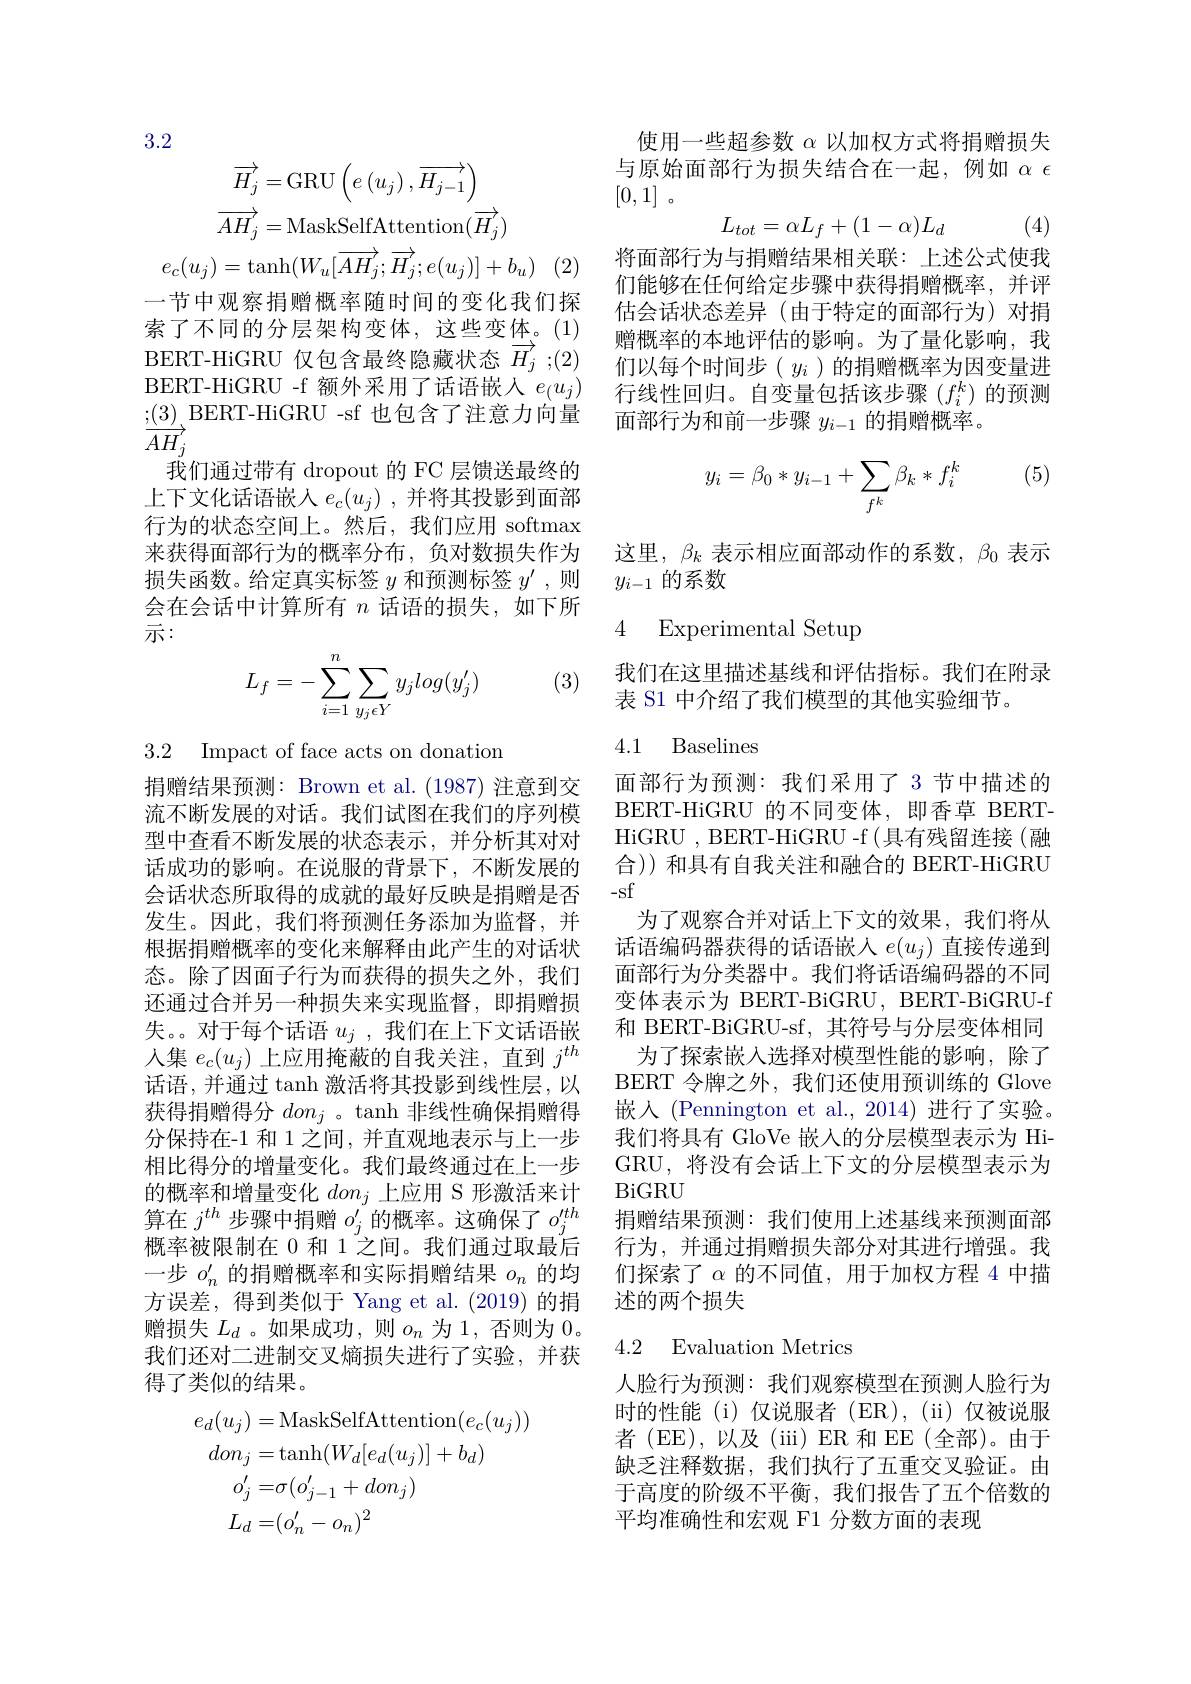
3.2
$$\overrightarrow{H_{j}}=\mathrm{GRU}\left(e\left(u_{j}\right),\overrightarrow{H_{j-1}}\right)\\\overrightarrow{AH_{j}}=\mathrm{MaskSelfAttention}(\overrightarrow{H_{j}})\\u_{j})=\mathrm{tanh}(W_{u}[\overrightarrow{AH_{j}};\overrightarrow{H_{j}};e(u_{j})]+b_{u})$$
一节中观察捐赠概率随时间的变化我们探索了不同的分层架构变体，这些变体。(1) BERT-HiGRU 仅包含最终隐藏状态$\overrightarrow{H_j}$ ;(2) BERT-HiGRU -f 额外采用了话语嵌人$e_(u_j)$
我们通过带有 dropout 的 FC 层馈送最终的上下文化话语嵌入$e_c(u_j)$ ,并将其投影到面部行为的状态空间上。然后，我们应用 softmax 来获得面部行为的概率分布，负对数损失作为损失函数。给定真实标签$y$和预测标签$y^\prime$,则会在会话中计算所有$n$话语的损失，如下所示：

(3)
$$\begin{aligned}L_f=-\sum_{i=1}^n\sum_{y_j\epsilon Y}y_jlog(y_j')\end{aligned}$$
3.2 Impact of face acts on donation

捐赠结果预测：Brown et al. (1987) 注意到交流不断发展的对话。我们试图在我们的序列模型中查看不断发展的状态表示，并分析其对对话成功的影响。在说服的背景下，不断发展的会话状态所取得的成就的最好反映是捐赠是否发生。因此，我们将预测任务添加为监督，并根据捐赠概率的变化来解释由此产生的对话状态。除了因面子行为而获得的损失之外，我们还通过合并另一种损失来实现监督，即捐赠损失。。对于每个话语$u_j$ ,我们在上下文话语嵌人集$e_c(u_j)$上应用掩蔽的自我关注，直到$j^th$ 话语，并通过 tanh 激活将其投影到线性层，以获得捐赠得分$don_j$ 。tanh 非线性确保捐赠得分保持在-1 和 1 之间，并直观地表示与上一步相比得分的增量变化。我们最终通过在上一步的概率和增量变化$don_j$上应用 S 形激活来计算在$j^{th}$步骤中捐赠$o_j^\prime$的概率。这确保了$o_j^{\prime th}$ 概率被限制在 0 和 1 之间。我们通过取最后一步$o_n^{\prime}$的捐赠概率和实际捐赠结果$o_n$的均方误差，得到类似于 Yang et al.(2019)的捐赠损失$L_d$ 。如果成功 ,则$o_n$为 1, 否则为0。我们还对二进制交叉熵损失进行了实验，并获得了类似的结果。
$$\begin{aligned}e_{d}(u_{j})&=\mathrm{MaskSelfAttention}(e_{c}(u_{j}))\\don_{j}&=\mathrm{tanh}(W_{d}[e_{d}(u_{j})]+b_{d})\\o_{j}^{\prime}&=\sigma(o_{j-1}^{\prime}+don_{j})\\L_{d}&=(o_{n}^{\prime}-o_{n})^{2}\end{aligned}$$
使用一些超参数$\alpha$以加权方式将捐赠损失与原始面部行为损失结合在一起，例如$\alpha\epsilon$ [0,1]。
$$L_{tot}=\alpha L_f+(1-\alpha)L_d$$
(4)

将面部行为与捐赠结果相关联：上述公式使我们能够在任何给定步骤中获得捐赠概率，并评估会话状态差异(由于特定的面部行为)对捐赠概率的本地评估的影响。为了量化影响，我们以每个时间步( $y_i$ )的捐赠概率为因变量进行线性回归。自变量包括该步骤$(f_i^k)$的预测
; $( 3) \underset {{\overrightarrow {AH_{j}}}}{\operatorname* { \operatorname* { \operatorname* { \operatorname* { \text{BERT- HiGRU - sf 也 包 含 了 注 意 力 向 量 }} } } } }$面 部 行 为 和 前 一 步 骤 $y_{i- 1}$ 的 捐 赠 概 率 。

(5)
$$y_i=\beta_0*y_{i-1}+\sum_{f^k}\beta_k*f_i^k$$
这里，$\beta_k$表示相应面部动作的系数，$\beta_0$表示
$y_{i-1}$的系数

4 Experimental Setup

我们在这里描述基线和评估指标。我们在附录
表 S1 中介绍了我们模型的其他实验细节。

### 4.1 Baselines

面部行为预测：我们采用了 3 节中描述的BERT-HiGRU 的不同变体，即香草 BERTHiGRU , BERT-HiGRU -f (具有残留连接(融合)) 和具有自我关注和融合的 BERT-HiGRU -sf
为了观察合并对话上下文的效果，我们将从话语编码器获得的话语嵌人$e(u_j)$直接传递到面部行为分类器中。我们将话语编码器的不同变体表示为 BERT-BiGRU, BERT-BiGRU-f 和 BERT-BiGRU-sf, 其符号与分层变体相同
为了探索嵌入选择对模型性能的影响，除了BERT 令牌之外，我们还使用预训练的 Glove 嵌人(Pennington et al.,2014)进行了实验。我们将具有 GloVe 嵌入的分层模型表示为 HiGRU, 将没有会话上下文的分层模型表示为BiGRU
捐赠结果预测：我们使用上述基线来预测面部行为，并通过捐赠损失部分对其进行增强。我们探索了$\alpha$的不同值，用于加权方程 4 中描述的两个损失

### 4.2 Evaluation Metrics

人脸行为预测：我们观察模型在预测人脸行为时的性能(i)仅说服者(ER),(ii)仅被说服者 (EE),以及 (iii) ER 和 EE(全部)。由于缺乏注释数据，我们执行了五重交叉验证。由于高度的阶级不平衡，我们报告了五个倍数的平均准确性和宏观 F1 分数方面的表现